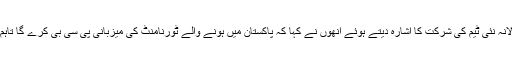
امریکا میں ہونے والی سیریز میں سالانہ نئی ٹیم کی شرکت کا اشارہ دیتے ہوئے انھوں نے کہا کہ پاکستان میں ہونے والے ٹورنامنٹ کی میزبانی پی سی بی کرے گا تاہم امریکا میں ایک مشترکہ ایونٹ ہوگا۔